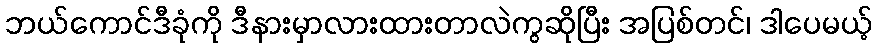
ဘယ်ကောင်ဒီခုံကို ဒီနားမှာလားထားတာလဲကွဆိုပြီး အပြစ်တင်၊ ဒါပေမယ့်